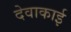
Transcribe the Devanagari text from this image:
देवाकाई